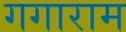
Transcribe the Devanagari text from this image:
गगाराम